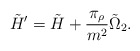
\begin{align*}\tilde{H}' = \tilde H + \frac{\pi_\rho}{m^2} \tilde{\Omega}_2.\end{align*}